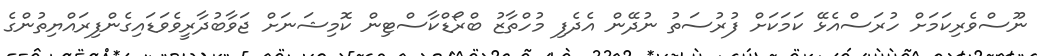
ނޫސްވެރިކަމަށް ހުރަސްއެޅޭ ކަމަކަށް ފުރުސަތު ނުދޭން އެދެފި މުހްތާޒު ބްރޯޑްކާސްޓިން ކޮމިޝަނަށް ޖަވާބުދާރީވެވަޑައިގެންފިރައްޔިތުންގެ